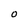
Character: o